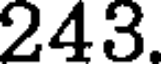
243.